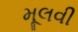
મૂલવી